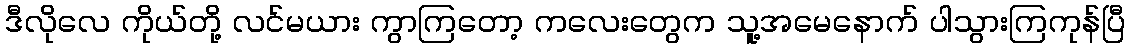
ဒီလိုလေ ကိုယ်တို့ လင်မယား ကွာကြတော့ ကလေးတွေက သူ့အမေနောက် ပါသွားကြကုန်ပြီ